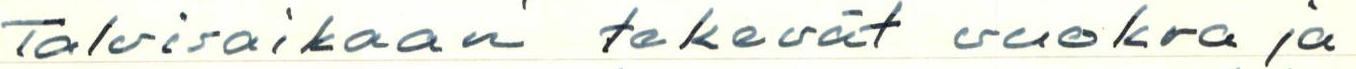
Talvisaikaan tekevät vuokra ja